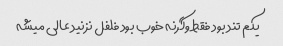
یکم تند بود فقط وگرنه خوب بود فلفل نزنید عالی میشه